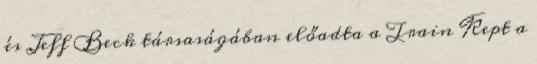
és Jeff Beck társaságában előadta a Train Kept a